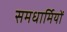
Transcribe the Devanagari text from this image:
समधार्मियों